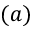
( a )